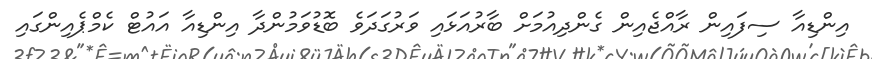
އިންޑިއާ ސިފައިން ރާއްޖެއިން ގެންދިއުމަށް ބާރުއަޅައި ވަރުގަދަވެ ބޮޑުވަމުންދާ އިންޑިއާ އައުޓް ކެމްޕެއިންގައި